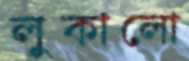
লুকালো